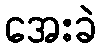
အေးခဲ